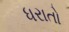
ધરાતો